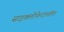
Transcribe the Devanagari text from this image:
साइक्लोपेन्टानॉल